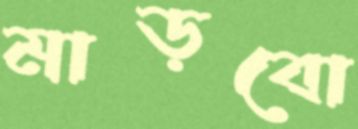
মাড়বো